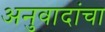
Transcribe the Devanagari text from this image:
अनुवादांचा